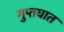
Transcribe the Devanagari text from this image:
गुप्तघात